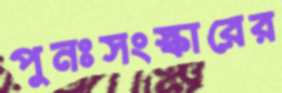
পুনঃসংস্কারের